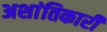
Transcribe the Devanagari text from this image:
अशांतिकारी